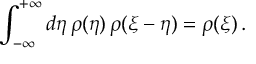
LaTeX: \int _ { - \infty } ^ { + \infty } d \eta \, \rho ( \eta ) \, \rho ( \xi - \eta ) = \rho ( \xi ) \, .